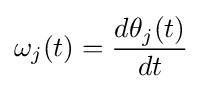
\omega _{j}(t)={\frac {d\theta _{j}(t)}{dt}}